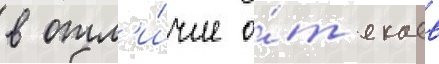
в отл'и́чие о́т екаев